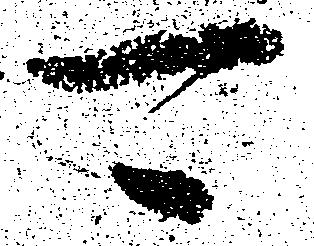
可